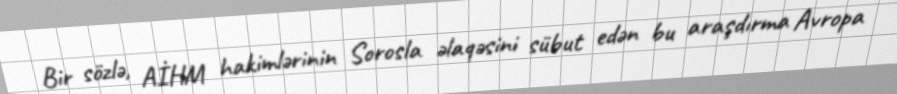
Bir sözlə, AİHM hakimlərinin Sorosla əlaqəsini sübut edən bu araşdırma Avropa